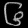
Digit: ၆